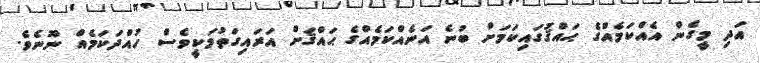
އަދި މީގެން އެއްކަމެއްގެ ޙައްޤުގައިކަމަށް ބުނެ އަނެއްކަމެއްގެ ޙައްޤަށް އަރައިގަތުމަކީވެސް ހުއްދަކަމެއް ނޫނެވެ.